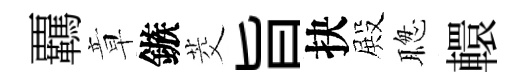
覊章鏃茭旨抉殿聦轘